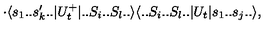
\cdot \langle s _ { 1 } . . s _ { k } ^ { \prime } . . | U _ { t } ^ { + } | . . S _ { i } . . S _ { l } . . \rangle \langle . . S _ { i } . . S _ { l } . . | U _ { t } | s _ { 1 } . . s _ { j } . . \rangle ,